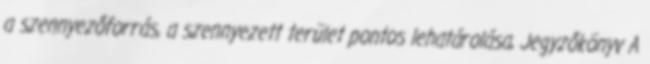
a szennyezőforrás, a szennyezett terület pontos lehatárolása, Jegyzőkönyv A